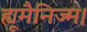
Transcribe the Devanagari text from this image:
ह्यूमैनिज्म।